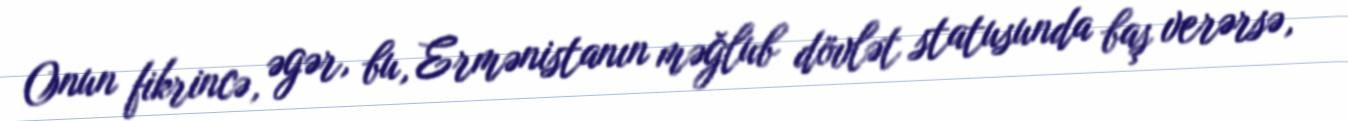
Onun fikrincə, əgər, bu, Ermənistanın məğlub dövlət statusunda baş verərsə,